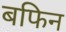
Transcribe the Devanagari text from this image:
बफिन